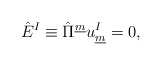
\begin{align*}\hat{E}^{I} \equiv \hat{\Pi}^{\underline{m}} u^{I}_{\underline{m}}=0, \qquad\end{align*}